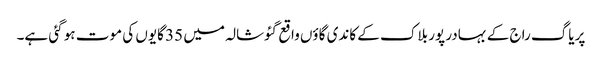
پریاگ راج کے بہادر پور بلاک کے کاندی گاؤں واقع گئوشالہ میں 35 گایوں کی موت ہو گئی ہے۔